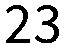
23